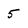
Character: 5